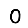
Digit: 0